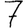
Digit: 7